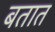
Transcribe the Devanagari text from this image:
बतात